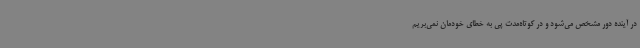
در آینده دور مشخص می‌شود و در کوتاه‌مدت پی به خطای خودمان نمی‌بریم